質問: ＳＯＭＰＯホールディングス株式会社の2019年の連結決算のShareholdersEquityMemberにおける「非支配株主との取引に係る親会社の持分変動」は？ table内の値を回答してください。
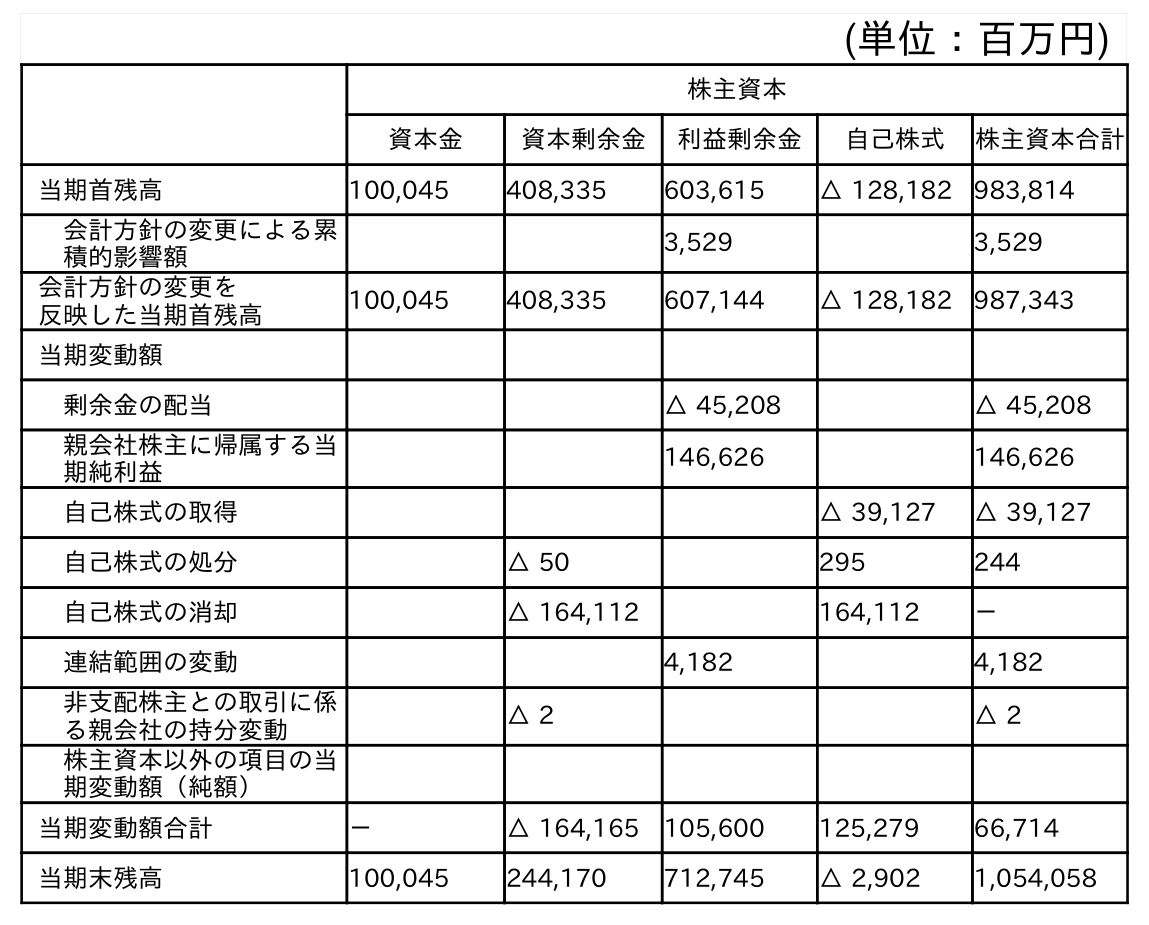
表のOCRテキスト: (単位：百万円) 株主資本 資本金 資本剰余金 利益剰余金 自己株式 株主資本合計 当期首残高 100,045 408,335 603,615 △ 128,182 983,814 会計方針の変更による累 積的影響額 3,529 3,529 会計方針の変更を 反映した当期首残高 100,045 408,335 607,144 △ 128,182 987,343 当期変動額 剰余金の配当 △ 45,208 △ 45,208 親会社株主に帰属する当 期純利益 146,626 146,626 自己株式の取得 △ 39,127 △ 39,127 自己株式の処分 △ 50 295 244 自己株式の消却 △ 164,112 164,112 － 連結範囲の変動 4,182 4,182 非支配株主との取引に係 る親会社の持分変動 △ 2 △ 2 株主資本以外の項目の当 期変動額（純額） 当期変動額合計 － △ 164,165 105,600 125,279 66,714 当期末残高 100,045 244,170 712,745 △ 2,902 1,054,058
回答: △2